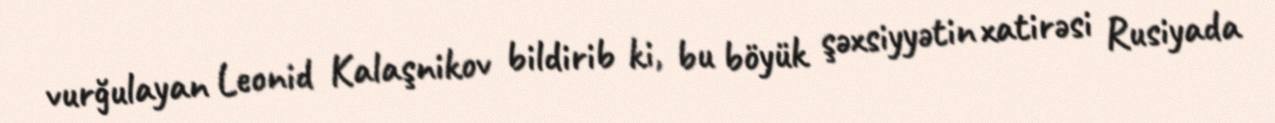
vurğulayan Leonid Kalaşnikov bildirib ki, bu böyük şəxsiyyətin xatirəsi Rusiyada